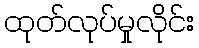
ထုတ်လုပ်မှုလိုင်း